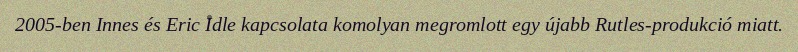
2005-ben Innes és Eric Idle kapcsolata komolyan megromlott egy újabb Rutles-produkció miatt.